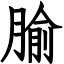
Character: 腧